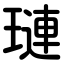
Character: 璉